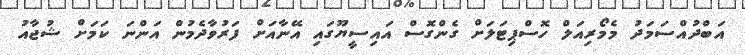
އަބްދުއްސަމަދު މެމޯރިއަލް ހޮސްޕިޓަލަށް ގެންގޮސް އައިސީޔޫގައި އޭނާއަށް ފަރުވާދެމުން އަންނަ ކަމަށް ޝުޖާއު